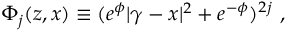
\Phi _ { j } ( z , x ) \equiv ( e ^ { \phi } | \gamma - x | ^ { 2 } + e ^ { - \phi } ) ^ { 2 j } ~ ,